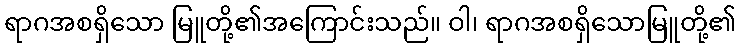
ရာဂအစရှိသော မြူတို့၏အကြောင်းသည်။ ဝါ၊ ရာဂအစရှိသောမြူတို့၏